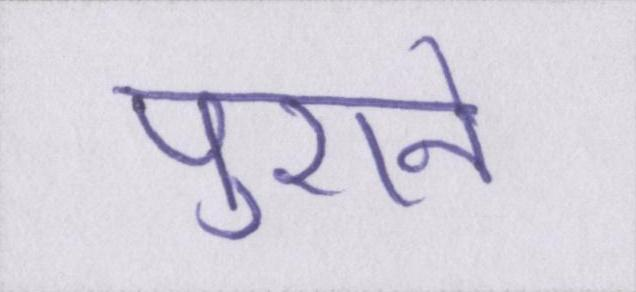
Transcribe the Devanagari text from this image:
पुराने